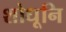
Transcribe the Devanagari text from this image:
शोधूनि